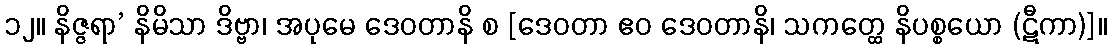
၁၂။ နိဇ္ဇရာ’ နိမိသာ ဒိဗ္ဗာ၊ အပုမေ ဒေဝတာနိ စ [ဒေဝတာ ဧဝ ဒေဝတာနိ၊ သကတ္ထေ နိပစ္စယော (ဋီကာ)]။